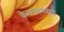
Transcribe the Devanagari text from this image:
केशकलघाट